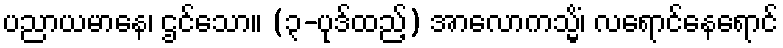
ပညာယမာနေ၊ ဌင်သော။ (၃-ပုဒ်ထည့်) အာလောကသ္မိံ၊ လရောင်နေရောင်